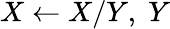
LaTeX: X\leftarrow X/Y,\; Y